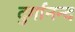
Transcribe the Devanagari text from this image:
दुर्गानन्द